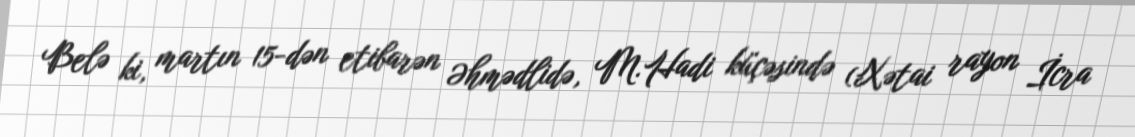
Belə ki, martın 15-dən etibarən Əhmədlidə, M.Hadi küçəsində (Xətai rayon İcra